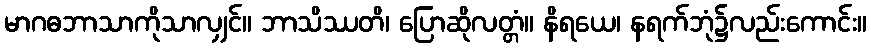
မာဂဓဘာသာကိုသာလျှင်။ ဘာသိဿတိ၊ ပြောဆိုလတ္တံ။ နိရယေ၊ နရက်ဘုံ၌လည်းကောင်း။